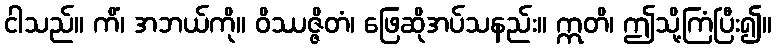
ငါသည်။ ကိံ၊ အဘယ်ကို။ ဝိဿဇ္ဇိတံ၊ ဖြေဆိုအပ်သနည်း။ ဣတိ၊ ဤသို့ကြံပြီး၍။